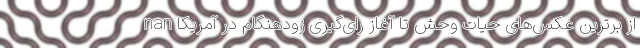
از برترین عکس‌های حیات وحش تا آغاز رای‌گیری زودهنگام در آمریکا nan